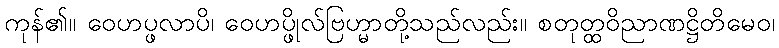
ကုန်၏။ ဝေဟပ္ဖလာပိ၊ ဝေဟပ္ဖိုလ်ဗြဟ္မာတို့သည်လည်း။ စတုတ္ထဝိညာဏဋ္ဌိတိမေဝ၊